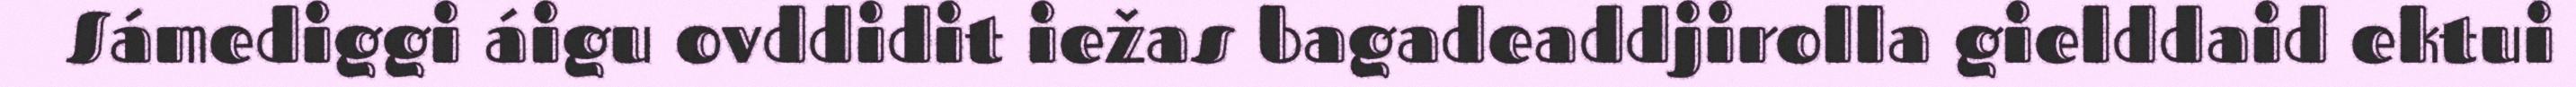
Sámediggi áigu ovddidit iežas bagadeaddjirolla gielddaid ektui